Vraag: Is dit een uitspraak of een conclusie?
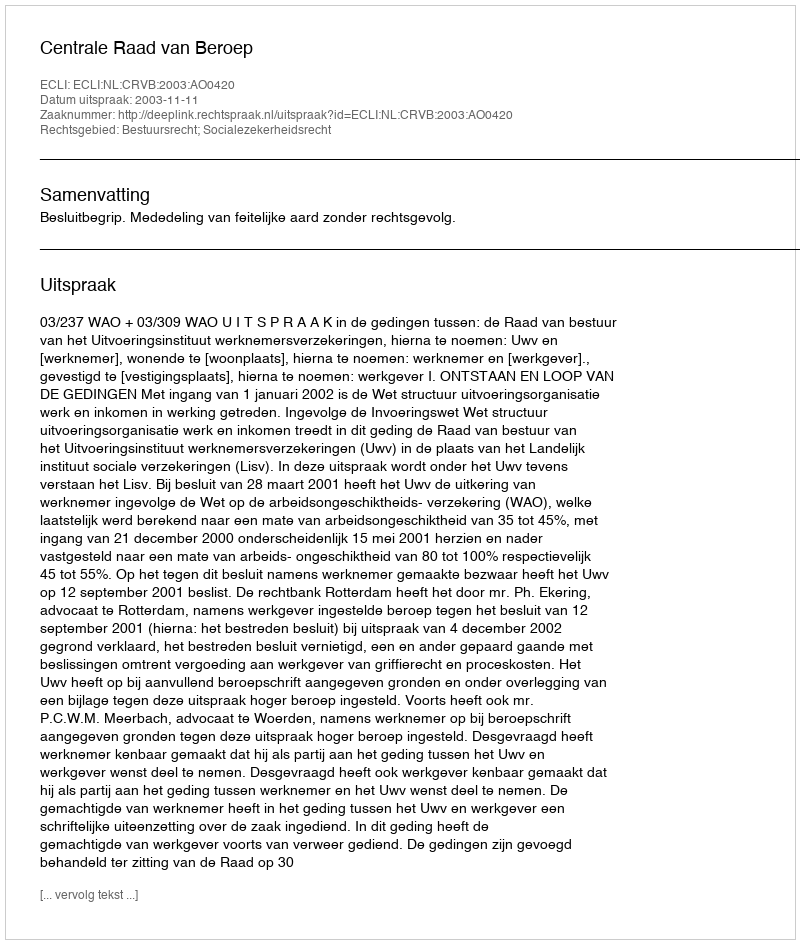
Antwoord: Uitspraak